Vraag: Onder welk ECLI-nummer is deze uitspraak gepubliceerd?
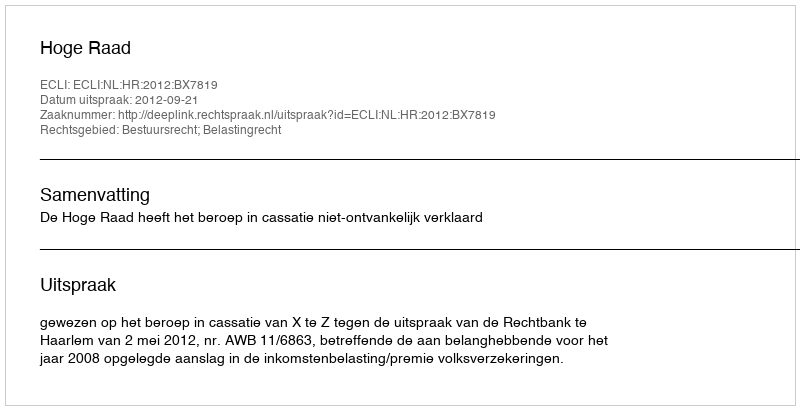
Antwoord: ECLI:NL:HR:2012:BX7819